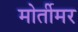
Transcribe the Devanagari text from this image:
मोर्तीमर